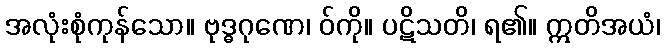
အလုံးစုံကုန်သော။ ဗုဒ္ဓဂုဏေ၊ ဝ်ကို။ ပဋိသတိ၊ ရ၏။ ဣတိအယံ၊